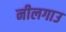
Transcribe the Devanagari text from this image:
नीलगाउ